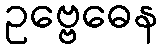
ဥဗ္ဗေဓေန